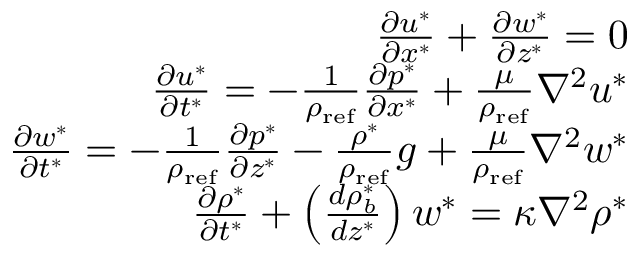
\begin{array} { r l r } & { } & { \frac { \partial u ^ { * } } { \partial x ^ { * } } + \frac { \partial w ^ { * } } { \partial z ^ { * } } = 0 } \\ & { } & { \frac { \partial u ^ { * } } { \partial t ^ { * } } = - \frac { 1 } { \rho _ { \mathrm { r e f } } } \frac { \partial p ^ { * } } { \partial x ^ { * } } + \frac { \mu } { \rho _ { \mathrm { r e f } } } \nabla ^ { 2 } u ^ { * } } \\ & { } & { \frac { \partial w ^ { * } } { \partial t ^ { * } } = - \frac { 1 } { \rho _ { \mathrm { r e f } } } \frac { \partial p ^ { * } } { \partial z ^ { * } } - \frac { \rho ^ { * } } { \rho _ { \mathrm { r e f } } } g + \frac { \mu } { \rho _ { \mathrm { r e f } } } \nabla ^ { 2 } w ^ { * } } \\ & { } & { \frac { \partial \rho ^ { * } } { \partial t ^ { * } } + \left( \frac { d \rho _ { b } ^ { * } } { d z ^ { * } } \right) w ^ { * } = \kappa \nabla ^ { 2 } \rho ^ { * } } \end{array}